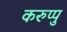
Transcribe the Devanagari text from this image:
करुप्पु